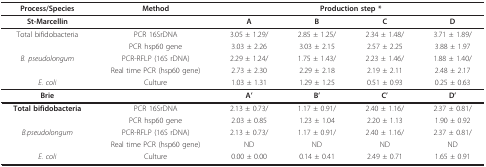
| Process/Species | Method | <COLSPAN=4> Production step * |
 | --- | --- | --- | --- | --- | --- |
 | St-Marcellin |  | A | B | C | D |
 | Total bifidobacteria | PCR 16SrDNA | 3.05 ± 1.29/ | 2.85 ± 1.25/ | 2.34 ± 1.48/ | 3.71 ± 1.89/ |
 |  | PCR hsp60 gene | 3.03 ± 2.26 | 3.03 ± 2.15 | 2.57 ± 2.25 | 3.88 ± 1.97 |
 | B. pseudolongum | PCR-RFLP (16S rDNA) | 2.29 ± 1.24/ | 1.75 ± 1.43/ | 2.23 ± 1.46/ | 1.88 ± 1.40/ |
 |  | Real time PCR (hsp60 gene) | 2.73 ± 2.30 | 2.29 ± 2.18 | 2.19 ± 2.11 | 2.48 ± 2.17 |
 | E. coli | Culture | 1.03 ± 1.31 | 1.29 ± 1.25 | 0.51 ± 0.93 | 0.25 ± 0.63 |
 | Brie |  | A' | B' | C' | D' |
 | Total bifidobacteria | PCR 16SrDNA | 2.13 ± 0.73/ | 1.17 ± 0.91/ | 2.40 ± 1.16/ | 2.37 ± 0.81/ |
 |  | PCR hsp60 gene | 2.03 ± 0.85 | 1.23 ± 1.04 | 2.20 ± 1.13 | 1.90 ± 0.92 |
 | B.pseudolongum | PCR-RFLP (16S rDNA) | 2.13 ± 0.73/ | 1.17 ± 0.91/ | 2.40 ± 1.16/ | 2.37 ± 0.81/ |
 |  | Real time PCR (hsp60 gene) | ND | ND | ND | ND |
 | E. coli | Culture | 0.00 ± 0.00 | 0.14 ± 0.41 | 2.49 ± 0.71 | 1.65 ± 0.91 |